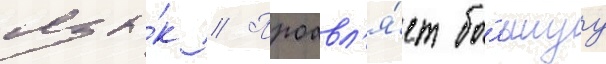
язы́к // Проавл'я́ет бо́льшуу